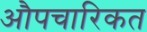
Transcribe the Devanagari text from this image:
औपचारिकत